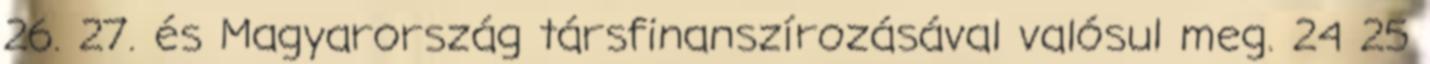
26. 27. és Magyarország társfinanszírozásával valósul meg. 24 25